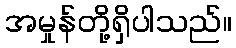
အမှုန်တို့ရှိပါသည်။